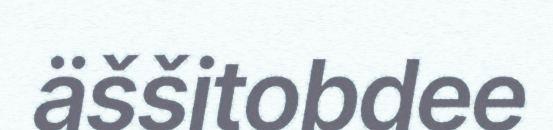
äššitobdee